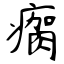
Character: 瘸